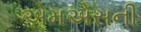
એમએસની